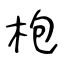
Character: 枹